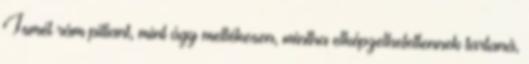
Ismét rám pillant, mint úgy mellékesen, mintha elképzelhetetlennek tartaná,